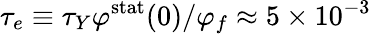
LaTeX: \tau_{e}\equiv\tau_{Y}\varphi^{\mathrm{stat}}(0)/\varphi_{f}\approx 5\times 10^{-3}